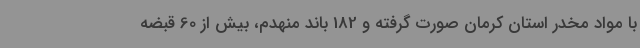
با مواد مخدر استان کرمان صورت گرفته و 182 باند منهدم، بیش از 60 قبضه